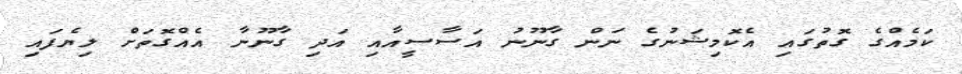
ކަމެއްގެ ގޮތުގައި އެކޮމިޝަނުގެ ނަން ގާނޫނު އަސާސީއާއި އަދި ގާނޫނާ އެއްގޮތަށް ލިޔެފައި